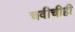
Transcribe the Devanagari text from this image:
चवीचीही